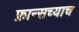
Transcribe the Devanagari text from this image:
फ्रान्सच्याच